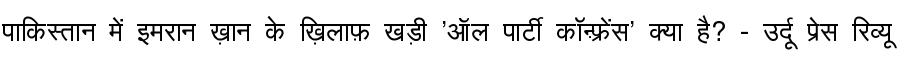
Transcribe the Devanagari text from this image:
पाकिस्तान में इमरान ख़ान के ख़िलाफ़ खड़ी 'ऑल पार्टी कॉन्फ़्रेंस' क्या है? - उर्दू प्रेस रिव्यू